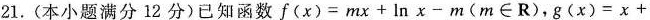
21. (本小题满分12分)已知函数$$f ( x ) = m x + l n x - m$$(m\in R)，$$g ( x ) = x +